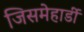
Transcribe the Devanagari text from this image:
जिसमेहार्डी